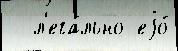
  л'ега́льно еjо́